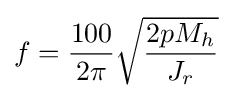
f={\frac {100}{2\pi }}{\sqrt {\frac {2pM_{h}}{J_{r}}}}